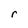
Character: r